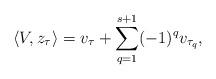
LaTeX: \begin{align*} \langle V, z_\tau \rangle = v_\tau + \sum_{q=1}^{s+1} (-1)^q v_{\tau_q},\end{align*}